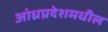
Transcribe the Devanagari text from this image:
आंध्रप्रदेशमधील